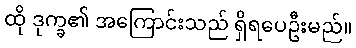
ထို ဒုက္ခ၏ အကြောင်းသည် ရှိရပေဦးမည်။